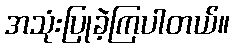
အသုံးပြုခဲ့ကြပါတယ်။